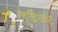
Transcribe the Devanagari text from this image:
लुब्रिकेट